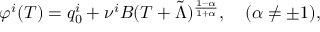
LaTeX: \varphi ^ { i } ( T ) = q _ { 0 } ^ { i } + \nu ^ { i } B ( T + \tilde { \Lambda } ) ^ { \frac { 1 - \alpha } { 1 + \alpha } } , \quad ( \alpha \not = \pm 1 ) ,